Vital statistics of India. Vol. VI, European troops 1870-79
Year: 1870
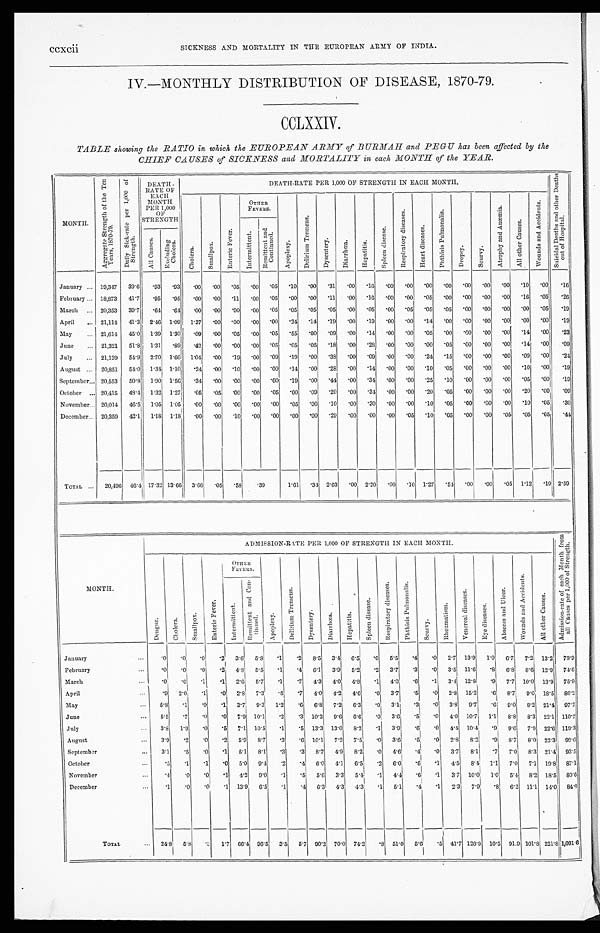
ccxcii SICKNESS AND MORTALITY IN THE EUROPEAN ARMY OF INDIA.
IV.—MONTHLY DISTRIBUTION OF DISEASE, 1870-79.
CCLXXIV.
TABLE showing the RATIO in which the EUROPEAN ARMY of BURMAH and PEGU has been affected by the
CHIEF CAUSES of SICKNESS and MORTALITY in each MONTH of the YEAR.
MONTH.
A g g r e g a t e S t r e n g t h o f t h e T e n
Y e a r s , 1 8 7 0 - 7 9 . D a i l y S i c k - r a t e p e r 1 , 0 0 0 o f
S t r e n g t h .
DEATH-
RATE OF
EACH
MONTH PER 1,000
O F
STRENGTH
DEATH-RATE PER 1,000 OF STRENGTH IN EACH MONTH.
S u i c i d a l D e a t h s a n d o t h e r D e a t h s
o u t o f Ho s p i t a l .
C h o l e r a . Smallpox. E n t e r i c F e v e r .
OTHER
FEVERS.
Apopl exy.
D e l i r i u m T r e m e n s . D y s e n t e r y .
Di arrhœa.
H e p a t i t i s .
S p l e e n d i s e a s e .
R e s p i r a t o r y d i s e a s e s .
H e a r t d i s e a s e s .
P h t h i s i s P u l m o n a l i s .
D r o p s y .
S c u r v y .
A t r o p h y a n d A n æ m i a . A l l o t h e r C a u s e s .
W o u n d s a n d A c c i d e n t s .
I n t e r m i t t e n t . R e m i t t e n t a n d
C o n t i n u e d .
A l l C a u s e s . E x c l u d i n g
C h o l e r a .
January . . . 19,347 39.6 .93 .93 .00 .00 .05 .00 .05 .10 .00 .31 .00 .16 .00 .00 .00 .00 .00 .00 .00 .10 .00 .16
February . . . 18,873 41.7 .95 .95 .00 .00 .11 .00 .05 .00 .00 .11 .00 .16 .00 .00 .05 .00 .00 .00 .00 .16 .05 .26
March . . . 20,353 39.7 .64 .64 .00 .00 .00 .00 .05 .05 .05 .05 .00 .05
. 0 0 .05 .05 .05 .00 .00 .00 .00 .05 .19
April
. . . 21,114 41.3 2.46 1.09 1.37 .00 .00 .00 .00 .24 .14 .19 .00 .19 .00 .00 .14 .00 .00 .00 .00 .00 .00 .19
May
. . . 21,614 45.0 1.39 1.30 .09 .00 .05 .00 .05 .55 .00 .09 .00 .14 .00 .00 .05 .00 .00 .00 .00 .14 .00 .23
June
. . . 21,321 51.8 1. 31 .89 .42 .00 .00 .00 .05 .05 .05 .18 .00 .28 .00 .00 .00 .05 .00 .00 .00 .14 .00 .09
July
. . . 21,139 54.9 2.70 1.66 1.04 .00 .19 .00 .09 .19 .00 .38 .00 .09 . 0 0 .00 .24 .15 .00 .00 .00 .09 .00 .24
August . . . 20,851 54.0 1.34 1.10 .24 .00 .10 .00 .00 .14 .00 .28 .00 .14 . 0 0 .00 .10 .05 .00 .00 .00 .10 .00 .19
September . . . 20,553 50.8 1.90 1.56 .34 .00 .00 .00 .00 .19 .00 .44 .00 .34 .00 .00 .25 .10 .00 .00 .00 .05 .00 .19
October ... 20,415 48.4 1.32 1.27 .05 .05 .00 .00 .05 .00 .09 .20 .00 .34 .00 .00 .20 .05 .00 .00 .00 .20 .00 .09
November . . . 20,014 46.5 1. 05 1.05 .00 .00 .00 .00 .00 .05 .00 .10 .00 .30 .00 .00 .10 .05 .00 .00 .00 .10 .05 .30
December
. . .
20,359 42.1 1. 18 1.18 .00 .00 .10 .00 .00 .00 .00 .29 .00 .00 .00 .05 .10 .05 .00 .00 .05 .05 .05 .44
TOTAL . . . 20,496 46.4 17.32
1 3 . 6 6 3.66 .05 .58
. 39
1.61 . 34 2.63 .00 2.20 . 0 0 .10 1.27 .54 .00 .00 .05 1.12 .19 2.59
MONTH.
ADMISSION-RATE PER 1,000 OFS T R E N G T H
I N E A C H M O N T H .
A d m i s s i o n - r a t e o f e a c h M o n t h f r o m
a l l C a u s e s p e r 1 , 0 0 0 o f S t r e n g t h .
D e n g u e .
C h o l e r a . S ma l l p o x .
E n t e r i c F e v e r .
OTHER
FEVERS.
A p o p l e x y .
D e l i r i u m T r e m e n s .
D y s e n t e r y .
D i a r r h œa .
H e p a t i t i s . S p l e e n d i s e a s e .
R e s p i r a t o r y d i s e a s e s .
P h t h i s i s P u l m o n a l i s .
Sc u r v y .
R h e u m a t i s m .
V e n e r e a l d i s e a s e s .
E y e d i s e a s e s .
A b s c e s s a n d U l c e r .
W o u n d s a n d A c c i d e n t s .
A l l o t h e r C a u s e s .
I n t e r m i t t e n t .
R e m i t t e n t a n d C o n -
t i n u e d .
January
. . . .0 .0 .0
. 2 3.6 5.8 .1 .2 8.5 3.4 6.5 .0 5.5 .4 .0 2.7 13.9 1 . 0 6.7 7.2 13.2 78.9
February
... .0 .0 .0
. 2 4.8 5.5 .1 .4 6.1 3.9 5.2 .2 3.7 .3 .0 3.5 11.6 .8 6.8 8.6 12.9 74.6
March
... .0 .0 .1
. 1 2.6 5.7 .1 .7 4.3 4.0 4.8 .1 4.0 .6 .1 3.4 12.8 .9 7.7 10.0 13.9 75.9
April
. . . .9 2.0 .1
. 0 2.8 7.3
. 6 .7 4.0 4.2 4.6 .0 3.7 .5 .0 2.8 15.2 .6 8.7 9.0 18.5 86.2
May
. . . 5.8 .1 .0
. 1 3.7 9.3 1.2
. 6 6.8 7.2 6.3
. 0 3.1 .3 .0 3.8 9.7 .6 9.0 8.2 21.4 97.2
June
. . . 5.5 .7 .0
. 0 7.9 10.1 .2 .3 10.2 9. 6 6.6 .0 3.6 .5 .0 4.0 10.7 1.1 8. 8 8.3 22.1 110.2
July
. . . 3.8 1.9 .0
. 5 7.1 10.5 .1 .5 13.3 13.0 8.2
. 1 3.9
. 6 .0 4.4 10.4 .9 9.6 7.9 22.6 119.3
August
... 3.9 .2 .0
. 2 5.9 8.7 .3 .6 10.1 7.2 7.5
. 0 3.6
. 5 .0 2.8 8.2 .9 8.7 8.0 22.3 99.6
September
. . . 3.1 .5 .0
. 1 5.1 8.1 .3 .3 8.7 4.9 8.2
. 0 4.6 .4 .0 3.7 8.1 .7 7.0 8.3
2 1 . 4 93.5
October
. . . .5 .1 .1
. 0 5.0 9.4 .2 .4 6.0 4.1 6.5 . 2 6.0
. 6 .1 4.5 8.4 1.1 7.0 7.1 19.8 87.1
November
... .4 .0 .0
. 1 4.2 9.0 .1 .5 5.6 3.3 5.4 . 1 4.4 .6 .1 3.7 10.0 1.0 5. 4 8.2 18.5 80.6
December
. . .
.1 .0 .0
. 1 13.9 6.5 .1 .4 6.3 4.3 4.3
. 1 5.1 .4 .1 2.3 7.9 .8 6. 2 11.1 14.0 84.0
TOTAL
. . . 2 4 . 8
5.8
. 3 1.7 66.4 96.5 3.5 5.7 90.2 70.0 74.2 .8 51.0 5.6 .5 41.7 126.9 10.5 91.9 101.8 221.8 1,091.6